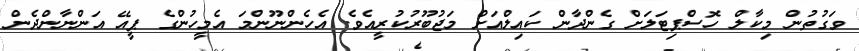
ވަގުތުން މިކާލް ހޮސްޕިޓަލަށް ގެންދާން ކައިލްއަށް މަޖުބޫރުކުރީއެވެ. އެހެންނޫންމަ އެމީހުންގެ ޕީއޭ އަންނާންދެން